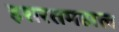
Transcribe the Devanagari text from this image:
इशरतमहाल